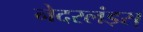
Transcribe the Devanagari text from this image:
नेदरलंड्स्